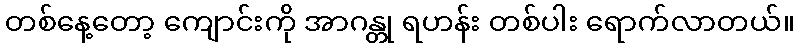
တစ်နေ့တော့ ကျောင်းကို အာဂန္တု ရဟန်း တစ်ပါး ရောက်လာတယ်။